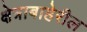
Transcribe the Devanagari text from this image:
क्षेत्राबाहेरील